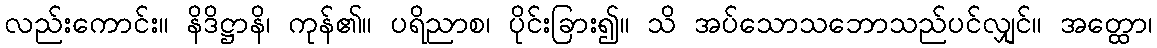
လည်းကောင်း။ နိဒိဋ္ဌာနိ၊ ကုန်၏။ ပရိညာစ၊ ပိုင်းခြား၍။ သိ အပ်သောသဘောသည်ပင်လျှင်။ အတ္ထော၊